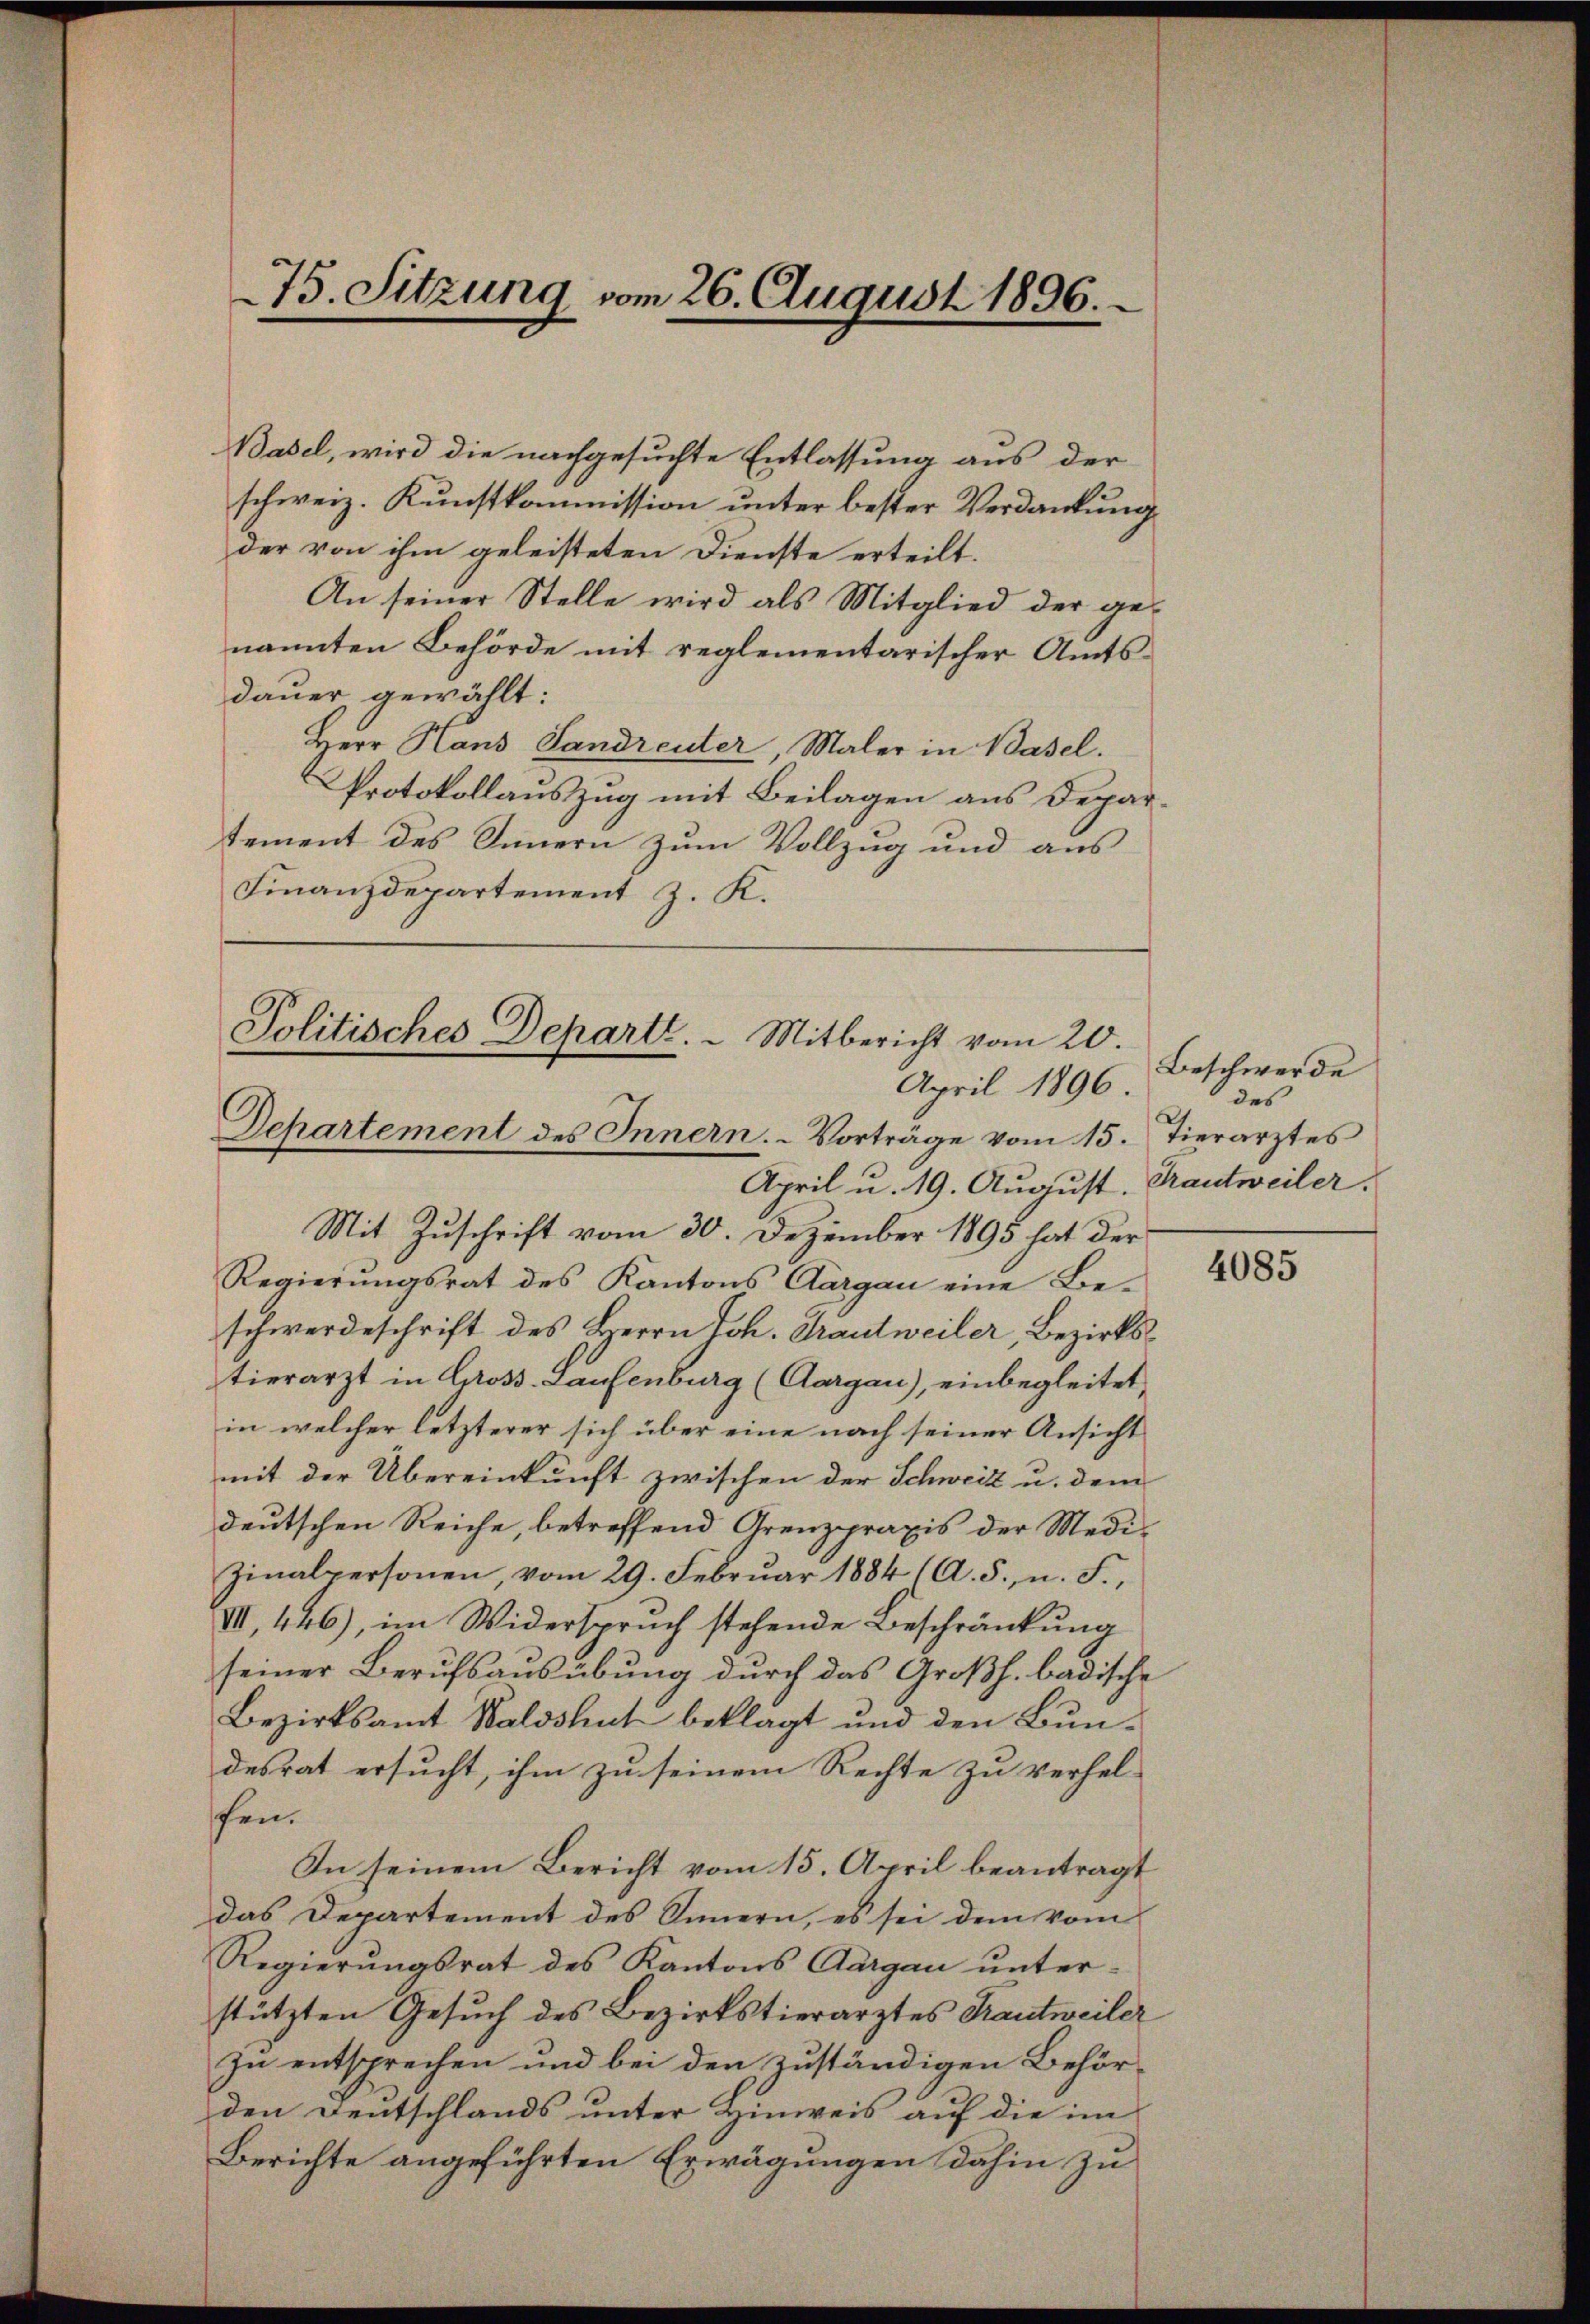
75. Sitzung vom 26. August 1896.

Basel, wird die nachgesuchte Entlassung aus der
schweiz. Kunstkommission unter bester Verdankung
der von ihm geleisteten Dienste erteilt.
An seiner Stelle wird als Mitglied der genannten Behörde mit reglementarischer Amtsdauer gewählt:
Herr Hans Landreuter, Maler in Basel.
Protokollauszug mit Beilagen aus Departement des Innern zum Vollzug und aus
Finanzdepartement z. K.

Politisches Departe. - Mitbericht vom 20.
April 1896.
Departement des Innern. Vorträge vom 15.
April u. 19. August. Krautweiler.

Mit Zuschrift vom 30. Dezember 1895 hat der
Regierungsrat des Kantons Aargau eine Beschwerdeschrift des Herrn Joh. Trautweiler, Bezirkstierarzt in Gross-Laufenburg (Aargau), einbegleitet,
in welcher letzterer sich über eine nach seiner Ansicht
mit der Übereinkunft zwischen der Schweiz u. dem
deutschen Reiche, betreffend Grenzpraxis der Medi¬
Zinalpersonen, vom 29. Febrŭar 1884 (A. S., n. F.,
III 446), im Widerspruch stehende Beschränkung
seiner Berufsausübung durch das Großh. badische
Bezirksamt Waldshut beklagt und den Bundesrat ersucht, ihm zu seinem Rechte zu verhel-
fen.
In seinem Bericht vom 15. April beantragt
das Departement des Innern, es sei dem vom
Regierungsrat des Kantons Aargau unterstützten Gesuch des Bezirkstierarztes Krautweiler
zu entsprechen und bei den zuständigen Behörden Deutschlands unter Hinweis auf die im
Berichte angeführten Erwägungen dahin zu

Beschwerde
des
Tierarztes

4085